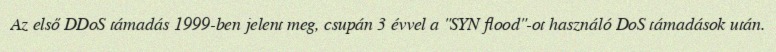
Az első DDoS támadás 1999-ben jelent meg, csupán 3 évvel a "SYN flood"-ot használó DoS támadások után.